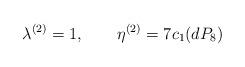
LaTeX: \begin{align*}\lambda^{(2)}=1, \qquad \eta^{(2)}=7c_{1}(dP_{8})\end{align*}